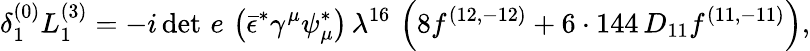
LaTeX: {\delta_{1}^{(0)}L_{1}^{(3)}=-i\, {\operatorname*{det}\, e}\, \left(\bar{\epsilon}^{*}\gamma^{\mu}\psi_{\mu}^{*}\right)\, \lambda^{16}\, \left(8f^{(12,-12)}+6\cdot 144\, D_{11}f^{(11,-11)}\right),}